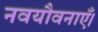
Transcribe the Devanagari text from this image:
नवयौवनाएँ।